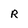
Character: R